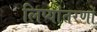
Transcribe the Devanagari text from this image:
लिप्यांतरणों